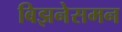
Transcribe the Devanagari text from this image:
बिझनेसमन